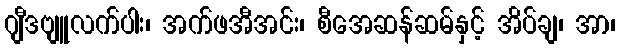
ဂျီဒဗျူလက်ပါး၊ အက်ဖအီအင်း၊ စီအေဆန်ဆမ်နှင့် အိပ်ချ၊ အာ၊